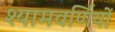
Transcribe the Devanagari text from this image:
श्यामवर्णियों